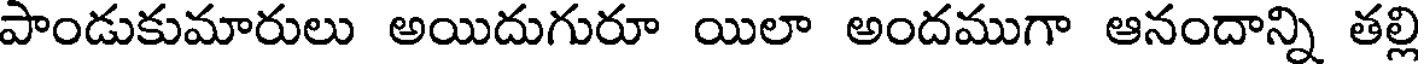
పాండుకుమారులు అయిదుగురూ యిలా అందముగా ఆనందాన్ని తల్లి